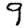
Digit: 9